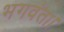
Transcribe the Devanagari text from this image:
भगवंता।